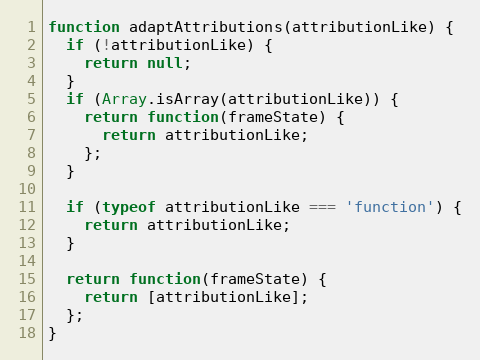
Language: JavaScript
function adaptAttributions(attributionLike) {
  if (!attributionLike) {
    return null;
  }
  if (Array.isArray(attributionLike)) {
    return function(frameState) {
      return attributionLike;
    };
  }

  if (typeof attributionLike === 'function') {
    return attributionLike;
  }

  return function(frameState) {
    return [attributionLike];
  };
}